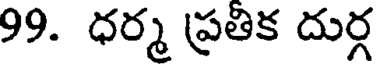
99. ధర్మ ప్రతిక దుర్గ